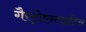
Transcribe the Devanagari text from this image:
गैस्ट्रोएन्टाइटिस